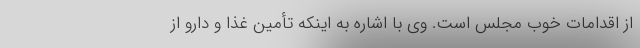
از اقدامات خوب مجلس است. وی با اشاره به اینکه تأمین غذا و دارو از